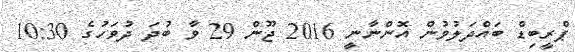
ޕްރީބިޑް ބައްދަލުވުން އޮންނާނީ 2016 ޖޫން 29 ވާ ބުދަ ދުވަހުގެ 10:30